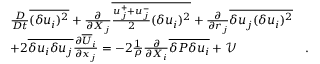
\begin{array} { r l r } & { \frac { D } { D t } \overline { { ( \delta u _ { i } ) ^ { 2 } } } + \frac { \partial } { \partial { X _ { j } } } \overline { { \frac { u _ { j } ^ { + } + u _ { j } ^ { - } } { 2 } ( \delta u _ { i } ) ^ { 2 } } } + \frac { \partial } { \partial { r _ { j } } } \overline { { \delta u _ { j } ( \delta u _ { i } ) ^ { 2 } } } } & \\ & { + 2 \overline { { \delta u _ { i } \delta u _ { j } } } \frac { \partial \overline { { U } } _ { i } } { \partial x _ { j } } = - 2 \frac { 1 } { \rho } \frac { \partial } { \partial { X _ { i } } } \overline { { \delta P \delta u _ { i } } } + \mathcal { V } } & { . } \end{array}